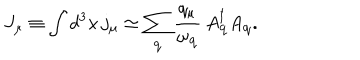
LaTeX: J _ { \mu } \equiv \int d ^ { 3 } x \, j _ { \mu } \simeq \sum _ { { \bf q } } \frac { q _ { \mu } } { \omega _ { { \bf q } } } \, A _ { { \bf q } } ^ { \dagger } A _ { { \bf q } } .